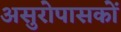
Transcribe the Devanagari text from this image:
असुरोपासकों